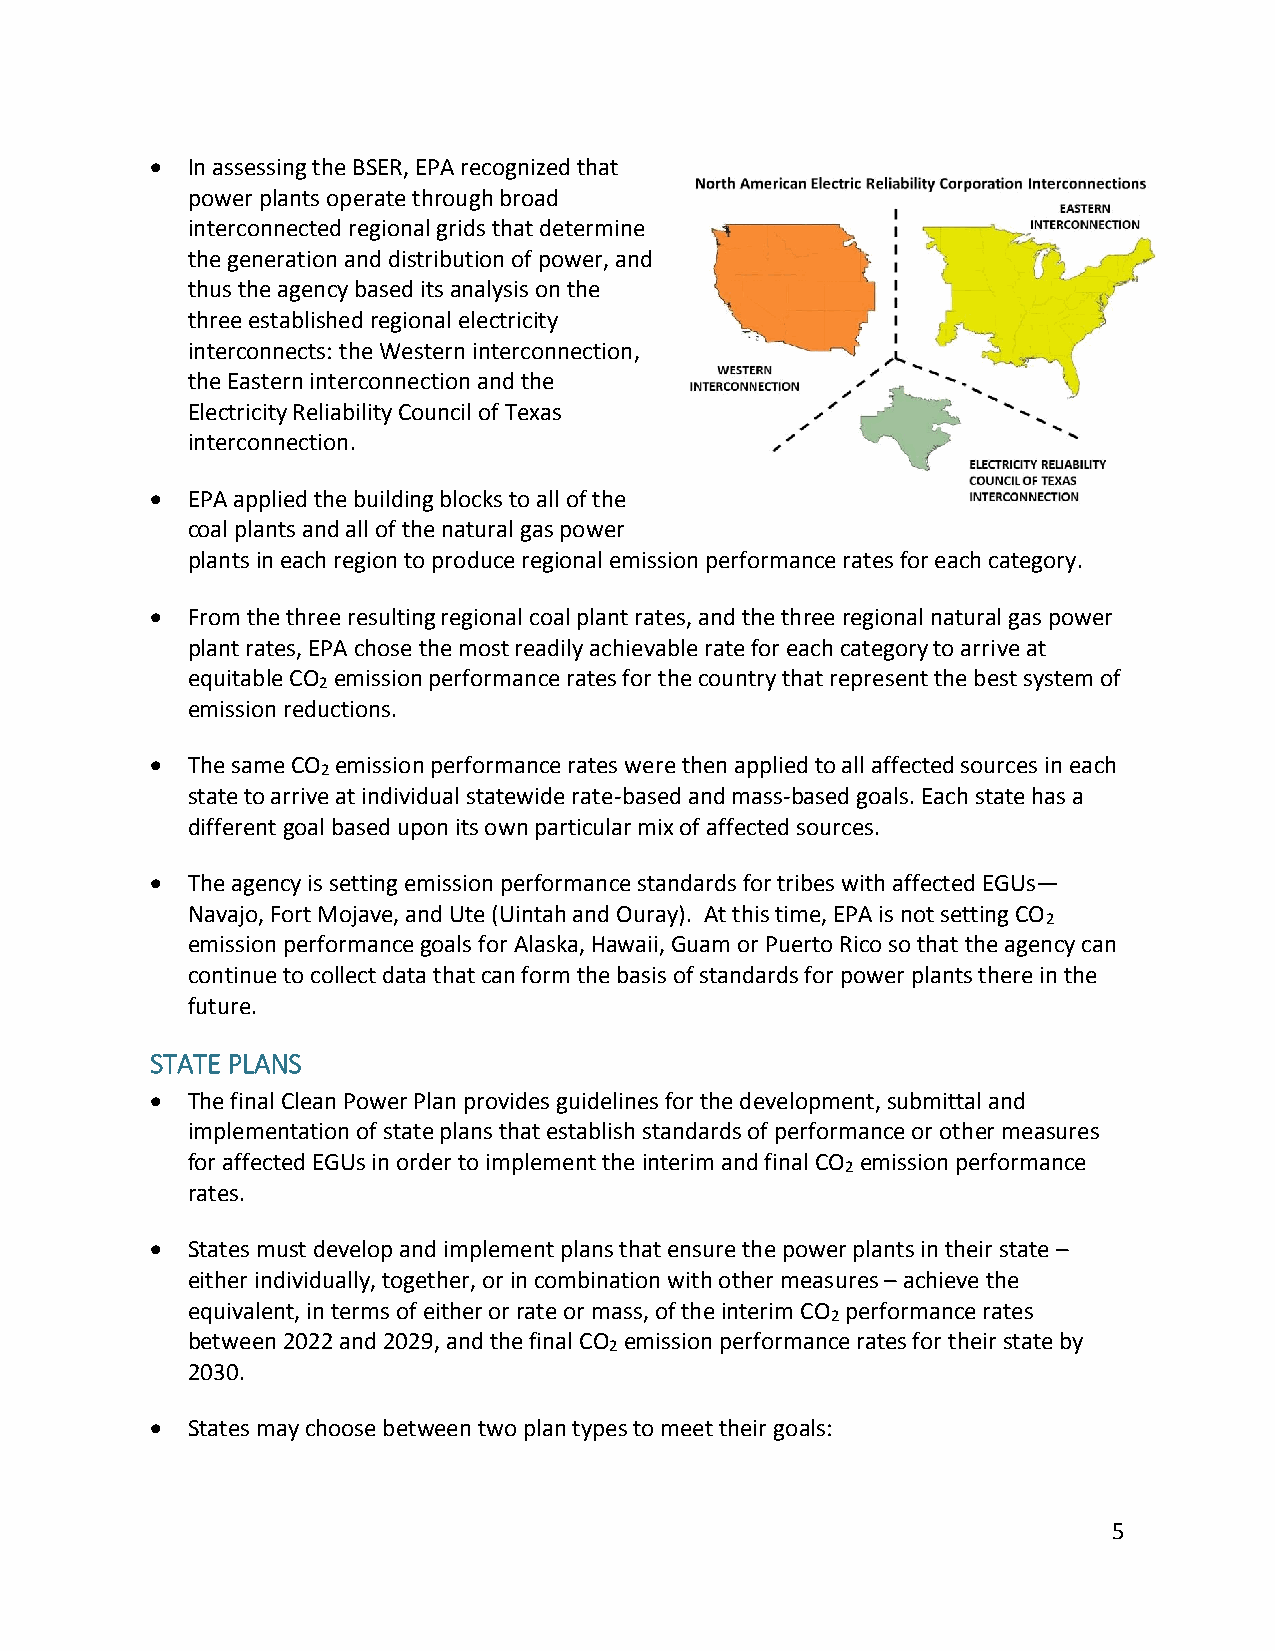
 In assessing the BSER, EPA recognized that
 power plants operate through broad
 interconnected regional grids that determine
 the generation and distribution of power, and
 thus the agency based its analysis on the
 three established regional electricity
 interconnects: the Western interconnection,
 the Eastern interconnection and the
 Electricity Reliability Council of Texas
 interconnection.
  EPA applied the building blocks to all of the
 coal plants and all of the natural gas power
 plants in each region to produce regional emission performance rates for each category.
  From the three resulting regional coal plant rates, and the three regional natural gas power
 plant rates, EPA chose the most readily achievable rate for each category to arrive at
 equitable CO emission performance rates for the country that represent the best system of
 2
 emission reductions.
  The same CO emission performance rates were then applied to all affected sources in each
 2
 state to arrive at individual statewide rate-based and mass-based goals. Each state has a
 different goal based upon its own particular mix of affected sources.
  The agency is setting emission performance standards for tribes with affected EGUs—
 Navajo, Fort Mojave, and Ute (Uintah and Ouray). At this time, EPA is not setting CO
 2
 emission performance goals for Alaska, Hawaii, Guam or Puerto Rico so that the agency can
 continue to collect data that can form the basis of standards for power plants there in the
 future.
 STATE PLANS
  The final Clean Power Plan provides guidelines for the development, submittal and
 implementation of state plans that establish standards of performance or other measures
 for affected EGUs in order to implement the interim and final CO emission performance
 2
 rates.
  States must develop and implement plans that ensure the power plants in their state –
 either individually, together, or in combination with other measures – achieve the
 equivalent, in terms of either or rate or mass, of the interim CO performance rates
 2
 between 2022 and 2029, and the final CO emission performance rates for their state by
 2
 2030.
  States may choose between two plan types to meet their goals:
 5